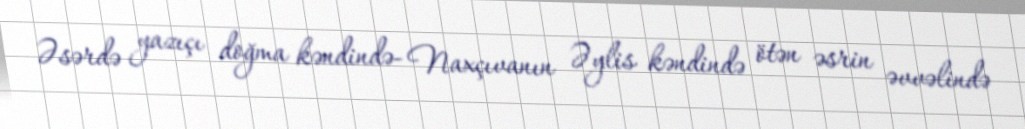
Əsərdə yazıçı doğma kəndində- Naxçıvanın Əylis kəndində ötən əsrin əvvəlində